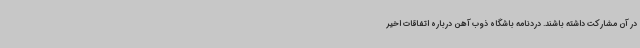
در آن مشارکت داشته باشند. دردنامه باشگاه ذوب‌ آهن درباره اتفاقات اخیر